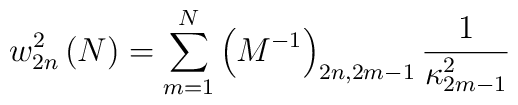
w_{2n}^{2}\left(  N\right)  =\sum_{m=1}^{N}\left(  M^{-1}\right)_{2n,2m-1}\frac{1}{\kappa_{2m-1}^{2}}